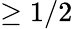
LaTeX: \geq 1/2